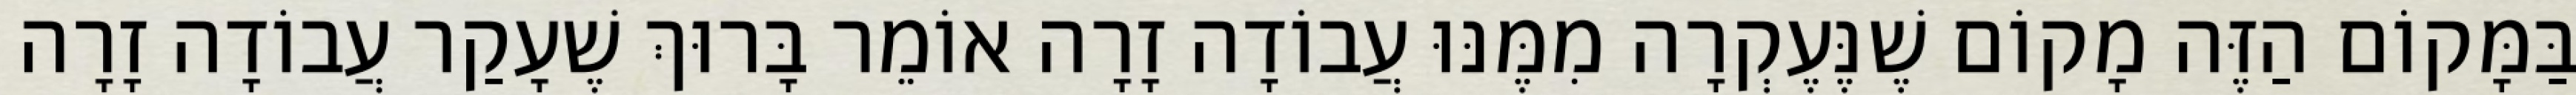
בַּמָּקוֹם הַזֶּה מָקוֹם שֶׁנֶּעֶקְרָה מִמֶּנּוּ עֲבוֹדָה זָרָה אוֹמֵר בָּרוּךְ שֶׁעָקַר עֲבוֹדָה זָרָה